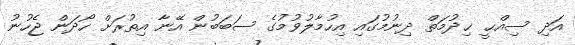
އަދި ސިއްޙީ ޚިދުމަތް ދިނުމުގައި އިހުމާލުވުމުގެ ސަބަބުން އޭނާ އިތުރަށް ހޯދަން ޖެހުނު